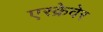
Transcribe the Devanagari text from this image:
एस्क्रेवेर